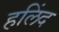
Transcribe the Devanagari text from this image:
हलिंद